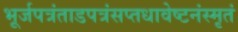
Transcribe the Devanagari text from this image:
भूर्जपत्रंताडपत्रंसप्तधावेष्टनंस्मृतं